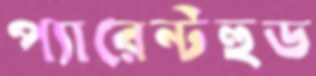
প্যারেন্টহুড